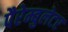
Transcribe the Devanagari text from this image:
पैरेम्बुलेटर